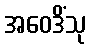
အဝေဒိံသု